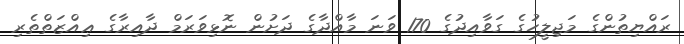
ރައްޔިތުންގެ މަޖިލީހުގެ ގަވާއިދުގެ 170 ވަނަ މާއްދާގެ ދަށުން ނޮޅިވަރަމް ދާއިރާގެ ޢިއްޒަތްތެރި